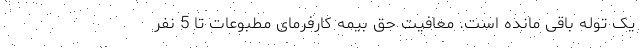
یک توله باقی مانده است. معافیت حق بیمه کارفرمای مطبوعات تا 5 نفر